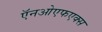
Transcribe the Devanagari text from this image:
ऍनओएफएक्स